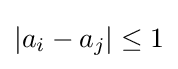
|a_{i}-a_{j}|\leq 1